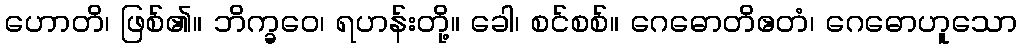
ဟောတိ၊ ဖြစ်၏။ ဘိက္ခဝေ၊ ရဟန်းတို့။ ခေါ၊ စင်စစ်။ ဂေဓောတိဧတံ၊ ဂေဓောဟူသော